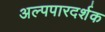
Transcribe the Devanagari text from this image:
अल्पपारदर्शक